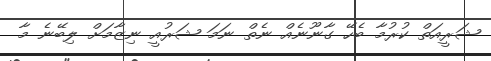
ޝަރީއަތް ކުރުމާ ބެހޭ ގާނޫނެއް ނެތް ނަމަ ޝަރުއީ ނިޒާމަށް ލިބޭނެ މާ